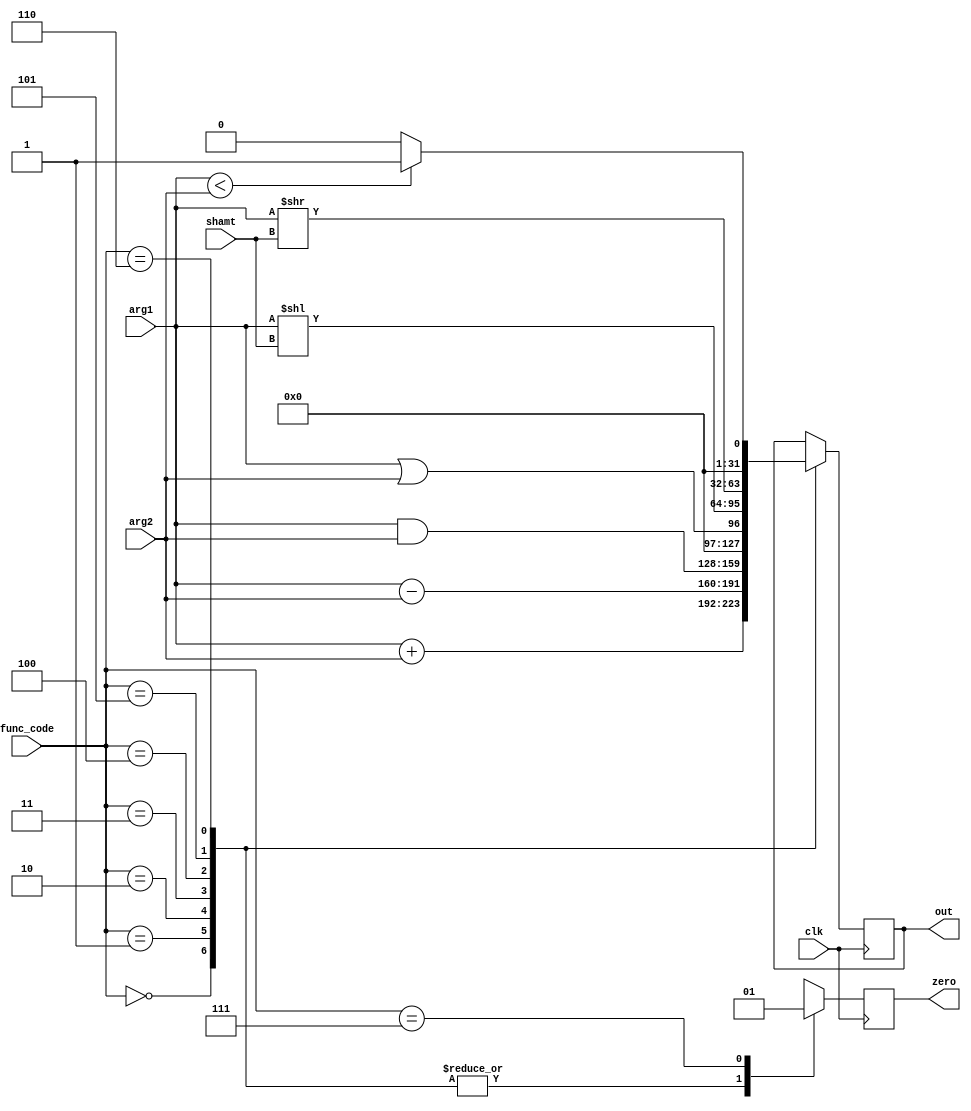
module alu(arg1,arg2,func_code,out,zero,shamt,clk);
input wire[31:0] arg1,arg2;
input wire[2:0] func_code;
output reg[31:0] out;
output reg zero;
input clk;
input wire[4:0] shamt;
reg jump;
always@(posedge clk) begin
case(func_code)
  0: begin
  out <= arg1 + arg2;
  zero <= 0;   //add,addi,addu,addiu, lw, sw
  end
  1: begin
  out <= arg1 - arg2;  //sub,subu
  zero<= 0;
  end
  2: begin
  out <= arg1 & arg2;  //and,andi
  zero<=0;
  end
  3: begin
  out <= arg1 || arg2;  //or,ori
  zero<=0;
  end
  4: begin
  out <= (arg1<<shamt); //sll
  zero<=0;
  end
  5: begin
  out <= (arg1>>shamt); //srl
  zero<= 0;
  end
  6: begin             //slt,slti
    if(arg1<arg2)begin
    out<=1;
    zero<=0;
    end
    else begin
    out<=0;
    zero<=0;
    end
  end
  7: begin
    zero<=1;
  end
  8: begin
    zero<=1;
  end


  endcase
end
endmodule